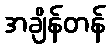
အချိန်တန်